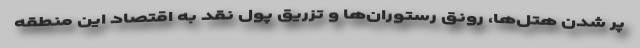
پر شدن هتل‌ها، رونق رستوران‌ها و تزریق پول نقد به اقتصاد این منطقه